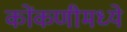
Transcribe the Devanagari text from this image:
कोंकणीमध्ये